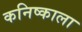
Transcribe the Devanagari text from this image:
कनिष्काला